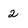
Character: 2